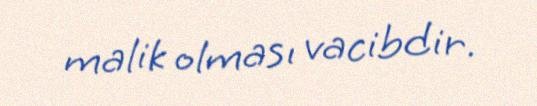
malik olması vacibdir.